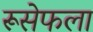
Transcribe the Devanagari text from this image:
रूसेफला